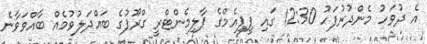
އެ ދުވަހު މެންދުރުފަހު 12:30 ގައި ޕީޕީއެމްގެ ޕާލިމެންޓްރީ ގްރޫޕުގެ ބައްދަލުވުމެއް ބާއްވަވާނެ